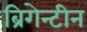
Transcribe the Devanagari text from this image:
ब्रिगेन्टीन